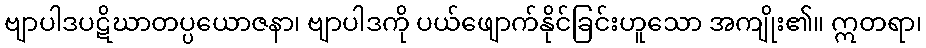
ဗျာပါဒပဋိဃာတပ္ပယောဇနာ၊ ဗျာပါဒကို ပယ်ဖျောက်နိုင်ခြင်းဟူသော အကျိုး၏။ ဣတရာ၊